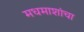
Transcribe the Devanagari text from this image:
मधमाशांचा